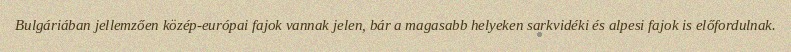
Bulgáriában jellemzően közép-európai fajok vannak jelen, bár a magasabb helyeken sarkvidéki és alpesi fajok is előfordulnak.